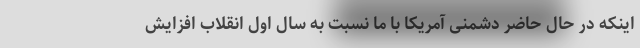
اینکه در حال حاضر دشمنی آمریکا با ما نسبت به سال اول انقلاب افزایش